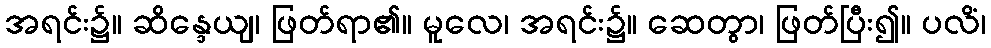
အရင်း၌။ ဆိန္ဒေယျ၊ ဖြတ်ရာ၏။ မူလေ၊ အရင်း၌။ ဆေတွာ၊ ဖြတ်ပြီး၍။ ပလိံ၊